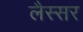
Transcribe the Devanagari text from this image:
लैस्सर